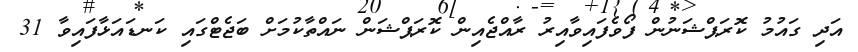
އަދި ގައުމު ކޮރަޕްޝަނުން ފޯވެފައިވާއިރު ރާއްޖެއިން ކޮރަޕްޝަން ނައްތާކުމަށް ބަޖެޓްގައި ކަނޑައަޅާފައިވާ 31